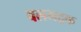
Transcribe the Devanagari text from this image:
बलभद्रक